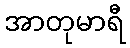
အာတုမာရီ